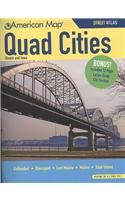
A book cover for Quad Cities: Illinois and Iowa Atlas; American Map; Travel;